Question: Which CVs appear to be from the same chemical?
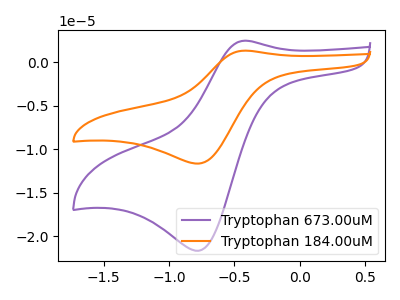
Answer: <think>The purple curve "Tryptophan 673.00uM" has an anodic peak at (-0.40V, 2.50uA) and a cathodic peak at (-0.75V, -21.65uA). The orange curve "Tryptophan 184.00uM" has an anodic peak at (-0.40V, 1.35uA) and a cathodic peak at (-0.75V, -11.65uA).
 All the peaks in "Tryptophan 673.00uM" have a peak in "Tryptophan 184.00uM" at the same potential. Every peak in "Tryptophan 673.00uM" is higher than every peak in "Tryptophan 184.00uM".</think>
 <answer>"Tryptophan 673.00uM" and "Tryptophan 184.00uM" have the same shape and are likely CV's of the same chemical.</answer>
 <eval>"Tryptophan 673.00uM" "Tryptophan 184.00uM"</eval>